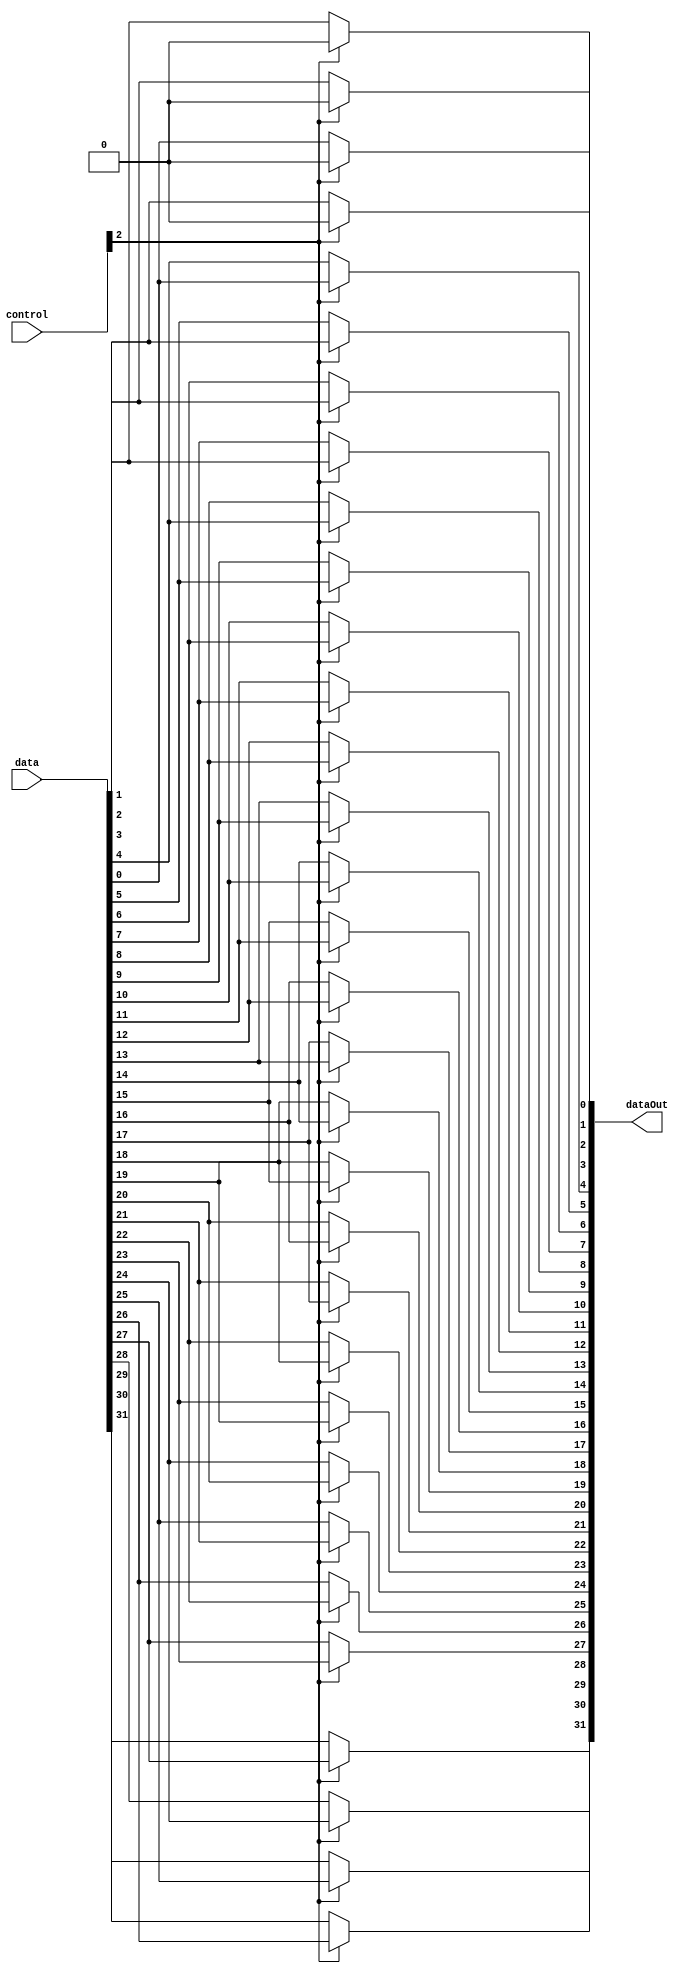
`timescale 1ns/1ns
module Shifter_2( data, control, dataOut );
// 2^2(2bit)

input [31:0] data;
input [31:0] control;
output [31:0] dataOut ;

assign dataOut[0] = ( control[2] == 1 ) ? 1'b0 : data[0];
assign dataOut[1] = ( control[2] == 1 ) ? 1'b0 : data[1];
assign dataOut[2] = ( control[2] == 1 ) ? 1'b0 : data[2];
assign dataOut[3] = ( control[2] == 1 ) ? 1'b0 : data[3];
assign dataOut[4] = ( control[2] == 1 ) ? data[0] : data[4];
assign dataOut[5] = ( control[2] == 1 ) ? data[1] : data[5];
assign dataOut[6] = ( control[2] == 1 ) ? data[2] : data[6];
assign dataOut[7] = ( control[2] == 1 ) ? data[3] : data[7];
assign dataOut[8] = ( control[2] == 1 ) ? data[4] : data[8];
assign dataOut[9] = ( control[2] == 1 ) ? data[5] : data[9];
assign dataOut[10] = ( control[2] == 1 ) ? data[6] : data[10];
assign dataOut[11] = ( control[2] == 1 ) ? data[7] : data[11];
assign dataOut[12] = ( control[2] == 1 ) ? data[8] : data[12];
assign dataOut[13] = ( control[2] == 1 ) ? data[9] : data[13];
assign dataOut[14] = ( control[2] == 1 ) ? data[10] : data[14];
assign dataOut[15] = ( control[2] == 1 ) ? data[11] : data[15];
assign dataOut[16] = ( control[2] == 1 ) ? data[12] : data[16];
assign dataOut[17] = ( control[2] == 1 ) ? data[13] : data[17];
assign dataOut[18] = ( control[2] == 1 ) ? data[14] : data[18];
assign dataOut[19] = ( control[2] == 1 ) ? data[15] : data[19];
assign dataOut[20] = ( control[2] == 1 ) ? data[16] : data[20];
assign dataOut[21] = ( control[2] == 1 ) ? data[17] : data[21];
assign dataOut[22] = ( control[2] == 1 ) ? data[18] : data[22];
assign dataOut[23] = ( control[2] == 1 ) ? data[19] : data[23];
assign dataOut[24] = ( control[2] == 1 ) ? data[20] : data[24];
assign dataOut[25] = ( control[2] == 1 ) ? data[21] : data[25];
assign dataOut[26] = ( control[2] == 1 ) ? data[22] : data[26];
assign dataOut[27] = ( control[2] == 1 ) ? data[23] : data[27];
assign dataOut[28] = ( control[2] == 1 ) ? data[24] : data[28];
assign dataOut[29] = ( control[2] == 1 ) ? data[25] : data[29];
assign dataOut[30] = ( control[2] == 1 ) ? data[26] : data[30];
assign dataOut[31] = ( control[2] == 1 ) ? data[27] : data[31];

endmodule